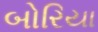
બોરિયા